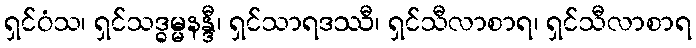
ရှင်ဝံသ၊ ရှင်သဒ္ဓမ္မနန္ဒီ၊ ရှင်သာရဒဿီ၊ ရှင်သီလာစာရ၊ ရှင်သီလာစာရ